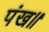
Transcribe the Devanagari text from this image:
पंख॥